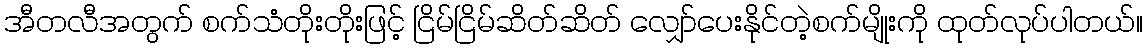
အီတလီအတွက် စက်သံတိုးတိုးဖြင့် ငြိမ်ငြိမ်ဆိတ်ဆိတ် လျှော်ပေးနိုင်တဲ့စက်မျိုးကို ထုတ်လုပ်ပါတယ်။